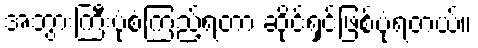
အဘွားကြီးပုံစံကြည့်ရတာ ဆိုင်ရှင်ဖြစ်ပုံရတယ်။